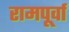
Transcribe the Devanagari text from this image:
रामपूर्वा